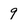
Character: 9